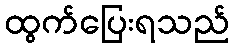
ထွက်ပြေးရသည်